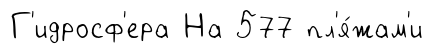
Г'идросф'ера На 577 пл'я́жам'и